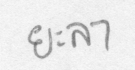
ยะลา